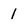
Character: 1